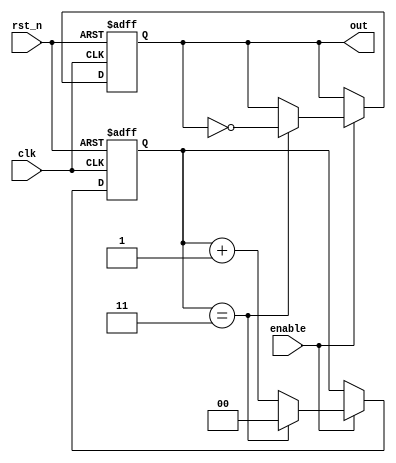
module freq_divider_counter #(
    parameter DIV_FACTOR = 4  // Set your desired division factor here
)(
    input wire clk,           // Clock input
    input wire rst_n,        // Active low reset
    input wire enable,       // Optional enable signal
    output reg out           // Divided clock output
);

// Internal counter
reg [$clog2(DIV_FACTOR)-1:0] counter;  // Counter to keep track of clock cycles

// Always block for counter and output logic
always @(posedge clk or negedge rst_n) begin
    if (!rst_n) begin
        // On reset, initialize counter and output
        counter <= 0;
        out <= 0;
    end else if (enable) begin
        if (counter == DIV_FACTOR - 1) begin
            // Toggle the output on reaching DIV_FACTOR
            out <= ~out;
            counter <= 0; // Reset counter
        end else begin
            counter <= counter + 1; // Increment counter
        end
    end
end

endmodule